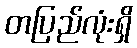
တပြည်လုံးရှိ